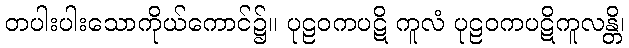
တပါးပါးသောကိုယ်ကောင်၌။ ပုဠဝကပဋိ ကူလံ ပုဠဝကပဋိကူလန္တိ၊